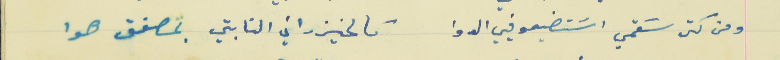
ومن كتر سَقمي اسَتضيعو فيي الدوا                           تالخيزراني النابتي بمصفق هوا